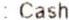
: CASH